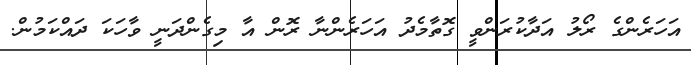
އަހަރެންގެ ރޯލު އަދާކުރަންވީ ގޮތާމެދު އަހަރެންނާ ރޮން އާ މިގެންދަނީ ވާހަކަ ދައްކަމުން.